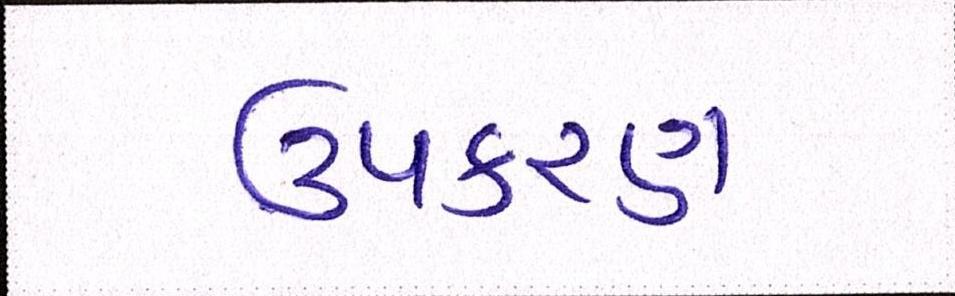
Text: ઉપકરણ